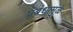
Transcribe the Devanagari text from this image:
प्रबंधामुळे